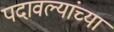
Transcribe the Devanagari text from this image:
पदावल्यांच्या